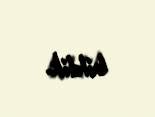
bildik.